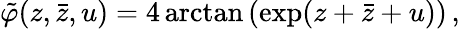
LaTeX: \tilde{\varphi}(z,\bar{z},u)=4\arctan\left(\exp(z+\bar{z}+u)\right)\, ,